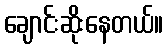
ချောင်းဆိုးနေတယ်။